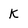
Character: k